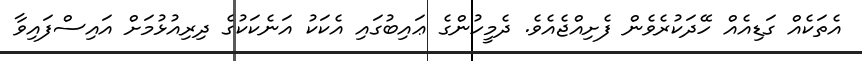
އެތަކެއް ގަޑިއެއް ހޭދަކުރެވެން ފެށިއްޖެއެވެ. ދެމީހުންގެ ޢައިބުގައި އެކަކު އަނެކަކުގެ ދިރިއުޅުމަށް އައިސްފައިވާ